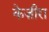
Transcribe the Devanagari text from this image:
केज़ीरा